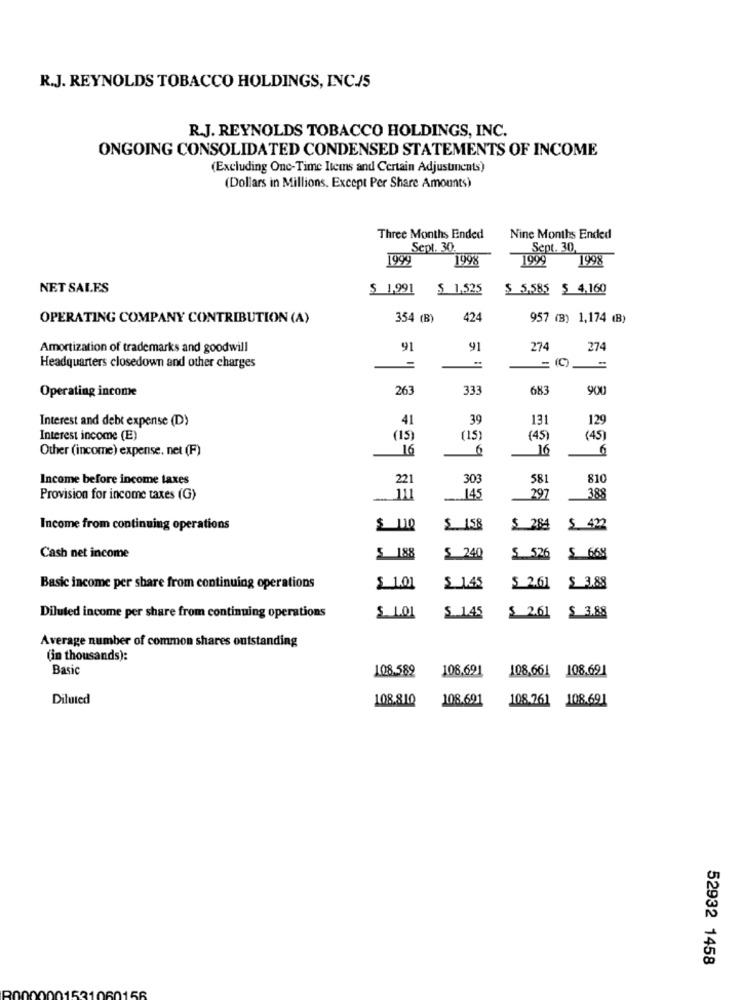
R.J. REYNOLDS TOBACCO HOLDINGS, INC./5
R.J. REYNOLDS TOBACCO HOLDINGS, INC.
ONGOING CONSOLIDATED CONDENSED STATEMENTS OF INCOME
(Excluding One-Time Items and Certain Adjustinents)
(Dollars in Millions. Except Per Share Amounts)
Three Months Ended
Nine Months Ended
Sept. 30
Sept. 30
1999
1998
1999
1998
NET SALES
$ 1,991
$ 1,525
$ 5,585 $ 4.160
OPERATING COMPANY CONTRIBUTION (A)
354 (B)
424
957 (B) 1,174 (B)
Amortization of trademarks and goodwill
91
91
274
274
Headquarters closedown and other charges
Operating income
263
333
683
900
Interest and debt expense (D)
41
39
131
129
Interest income (E)
(15)
(15)
(45
(45)
Other (income) expense. net (F)
16
6
16
Income before income taxes
221
30g
581
810
Provision for income taxes (G)
.145
297
388
Income from continuing operations
$ 1.58
$ 284
$ 432
Cash net income
$ 188
$ 240
$ 526
S 66%
$ 3.88
Basic income per share from continuing operations
$ 1.01
$ 1.45
$ 2.61
$ 3.88
Diluted income per share from continuing operations
S 145
£ 2.61
Average number of common shares outstanding
(in thousands):
Basic
108.589
108.691
108,661
108.691
Diluted
108.810
108.691
108.261 108.691
52932 1458